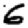
Digit: 6